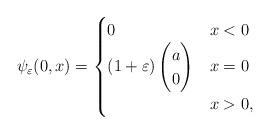
LaTeX: \begin{align*}\psi_\varepsilon(0,x)=\begin{cases} 0 & x<0\\ (1+\varepsilon)\begin{pmatrix} a \\ 0 \end{pmatrix} & x=0\\ & x>0,\end{cases}\end{align*}